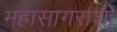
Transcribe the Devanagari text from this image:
महासागराशी